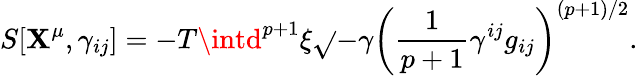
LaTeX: S[\mathbf{X}^{\mu},\gamma_{ij}]=-T\intd^{p+1}\xi\sqrt{}{{-\gamma}}\left(\frac{{1}}{{p+1}}\gamma^{ij}g_{ij}\right)^{(p+1)/2}.